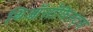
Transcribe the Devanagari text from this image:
थिऑसॉफिस्ट्स